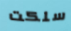
سلكت